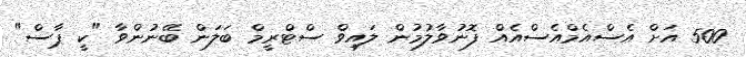
500 އަށް އެސްއެމްއެސްއެއް ފޮނުވާލުމުން ލައިވް ސްޓްރީމް ބަލަން ބޭނުންވާ "ކީ ޕާސް"